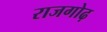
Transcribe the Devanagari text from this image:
राजगोढ़